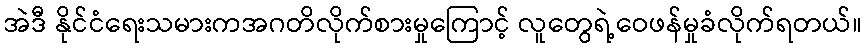
အဲဒီ နိုင်ငံရေးသမားကအဂတိလိုက်စားမှုကြောင့် လူတွေရဲ့ဝေဖန်မှုခံလိုက်ရတယ်။